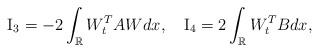
LaTeX: \begin{align*} {\rm{I}_3} = - 2\int_\mathbb{R} W_t^T A W dx,\quad {\rm{I}_4} = 2\int_\mathbb{R} W_t^T B dx,\end{align*}